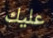
عليك